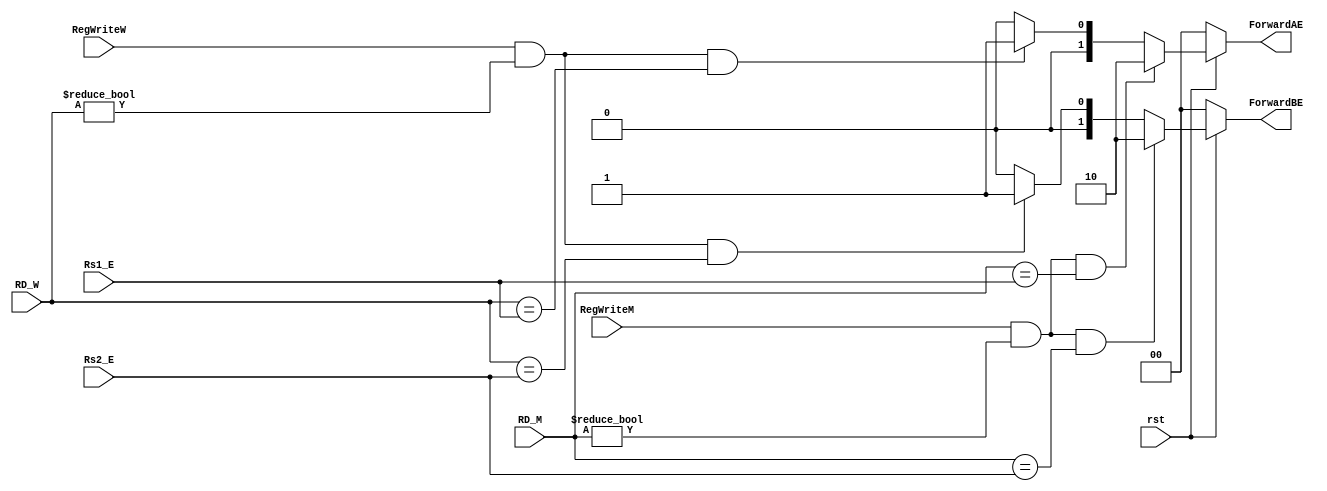
module hazards_unit(rst,RegWriteM,RegWriteW,RD_M,RD_W,Rs1_E,Rs2_E,ForwardBE,ForwardAE);
    input rst,RegWriteM,RegWriteW;
    input [4:0] RD_M,RD_W,Rs1_E,Rs2_E;
    output [1:0] ForwardBE,ForwardAE;
    assign ForwardAE=(rst==1'b0) ? 2'b00 : 
                                ((RegWriteM==1) & (RD_M!=5'h00) & (RD_M==Rs1_E)) ? 2'b10 :
                                ((RegWriteW==1) & (RD_W!=5'h00) & (RD_W==Rs1_E)) ? 2'b01 : 2'b00;
    assign ForwardBE=(rst==1'b0) ? 2'b00 : 
                                ((RegWriteM==1) & (RD_M!=5'h00) & (RD_M==Rs2_E)) ? 2'b10 :
                                ((RegWriteW==1) & (RD_W!=5'h00) & (RD_W==Rs2_E)) ? 2'b01 : 2'b00;                             

endmodule